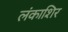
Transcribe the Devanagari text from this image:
लंकाशिर